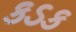
કડક